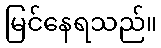
မြင်နေရသည်။